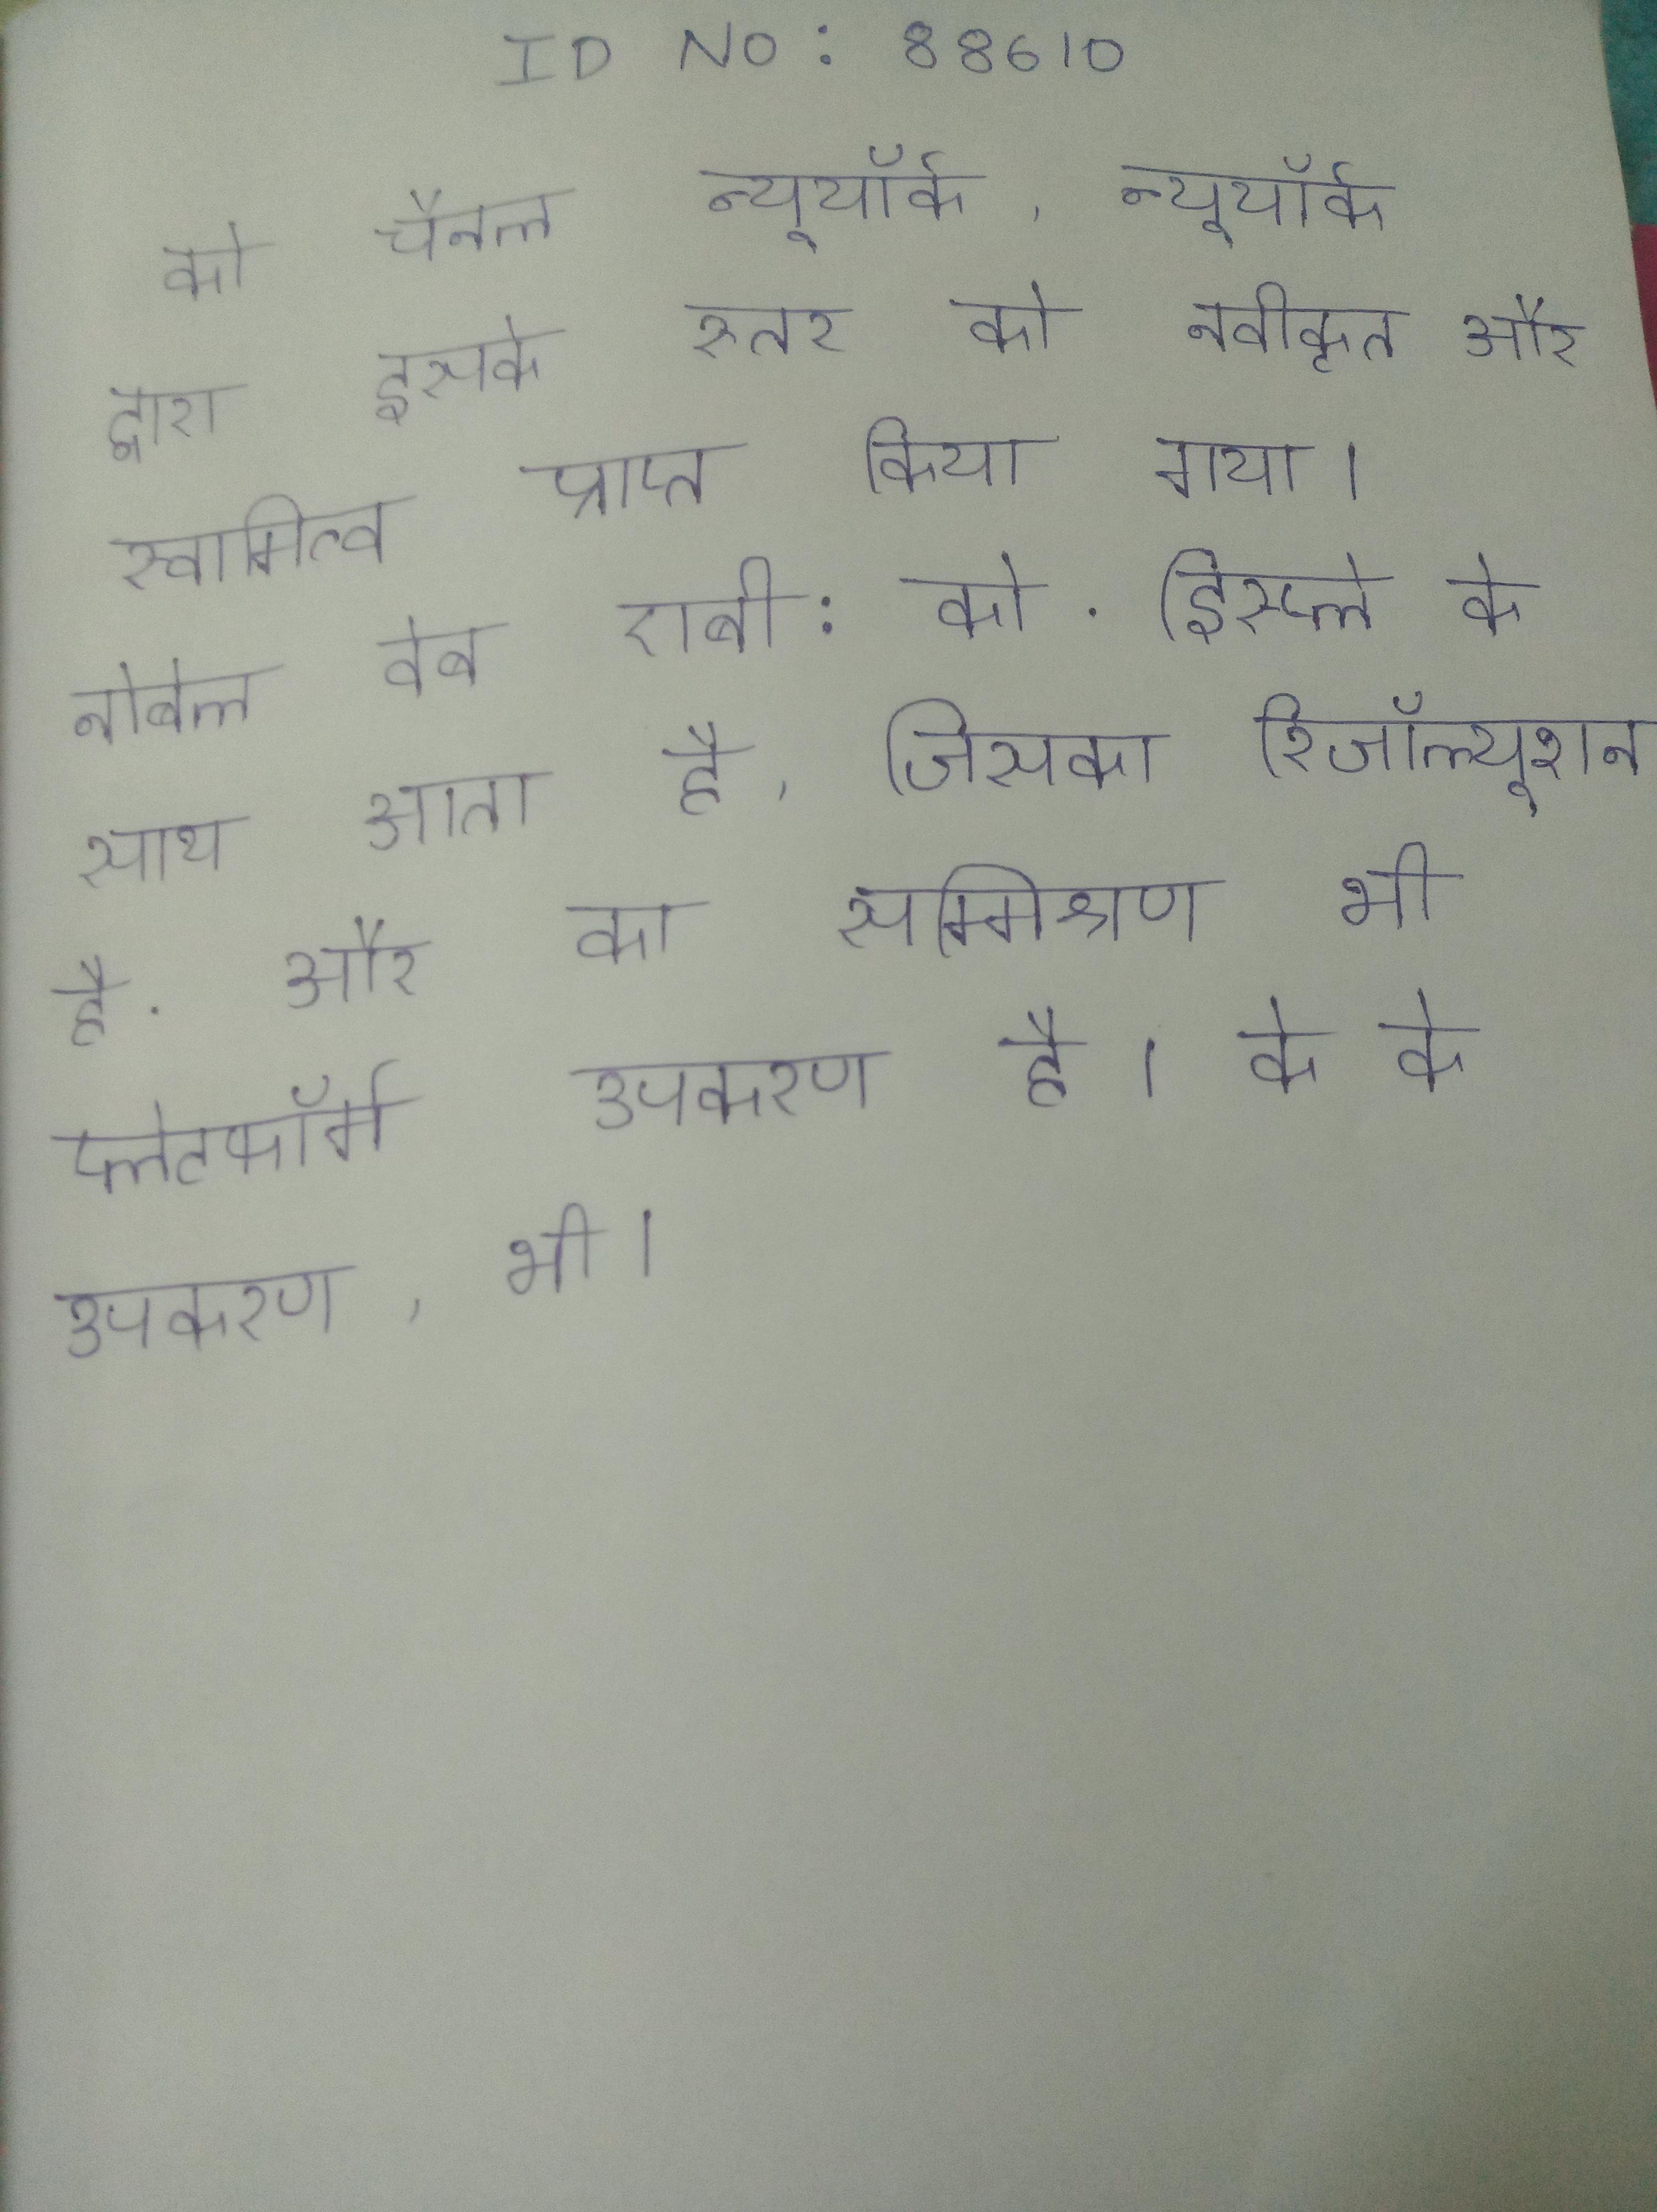
को चैनल न्यूयॉर्क, न्यूयॉर्क द्वारा इसके स्तर को नवीकृत और स्वामित्व प्राप्त किया गया । नोबेल वेब एबी: को . डिस्प्ले के साथ आता है, जिसका रिजॉल्यूशन है . और का सम्मिश्रण भी प्लेटफॉर्म उपकरण है । के के उपकरण, भी ।